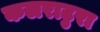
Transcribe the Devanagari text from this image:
कलराटुरा